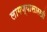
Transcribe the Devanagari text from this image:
लागण्यासारखी